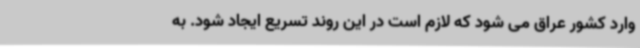
وارد کشور عراق می شود که لازم است در این روند تسریع ایجاد شود. به